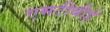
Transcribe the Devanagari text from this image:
एमटीबीई